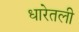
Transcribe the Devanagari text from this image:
धारेतली